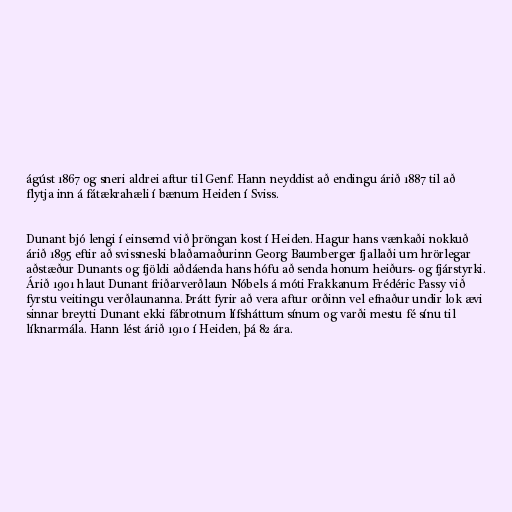
ágúst 1867 og sneri aldrei aftur til Genf. Hann neyddist að endingu árið 1887 til að
flytja inn á fátækrahæli í bænum Heiden í Sviss.

Dunant bjó lengi í einsemd við þröngan kost í Heiden. Hagur hans vænkaði nokkuð
árið 1895 eftir að svissneski blaðamaðurinn Georg Baumberger fjallaði um hrörlegar
aðstæður Dunants og fjöldi aðdáenda hans hófu að senda honum heiðurs- og fjárstyrki.
Árið 1901 hlaut Dunant friðarverðlaun Nóbels á móti Frakkanum Frédéric Passy við
fyrstu veitingu verðlaunanna. Þrátt fyrir að vera aftur orðinn vel efnaður undir lok ævi
sinnar breytti Dunant ekki fábrotnum lífsháttum sínum og varði mestu fé sínu til
líknarmála. Hann lést árið 1910 í Heiden, þá 82 ára.